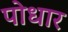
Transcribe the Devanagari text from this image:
पोधार